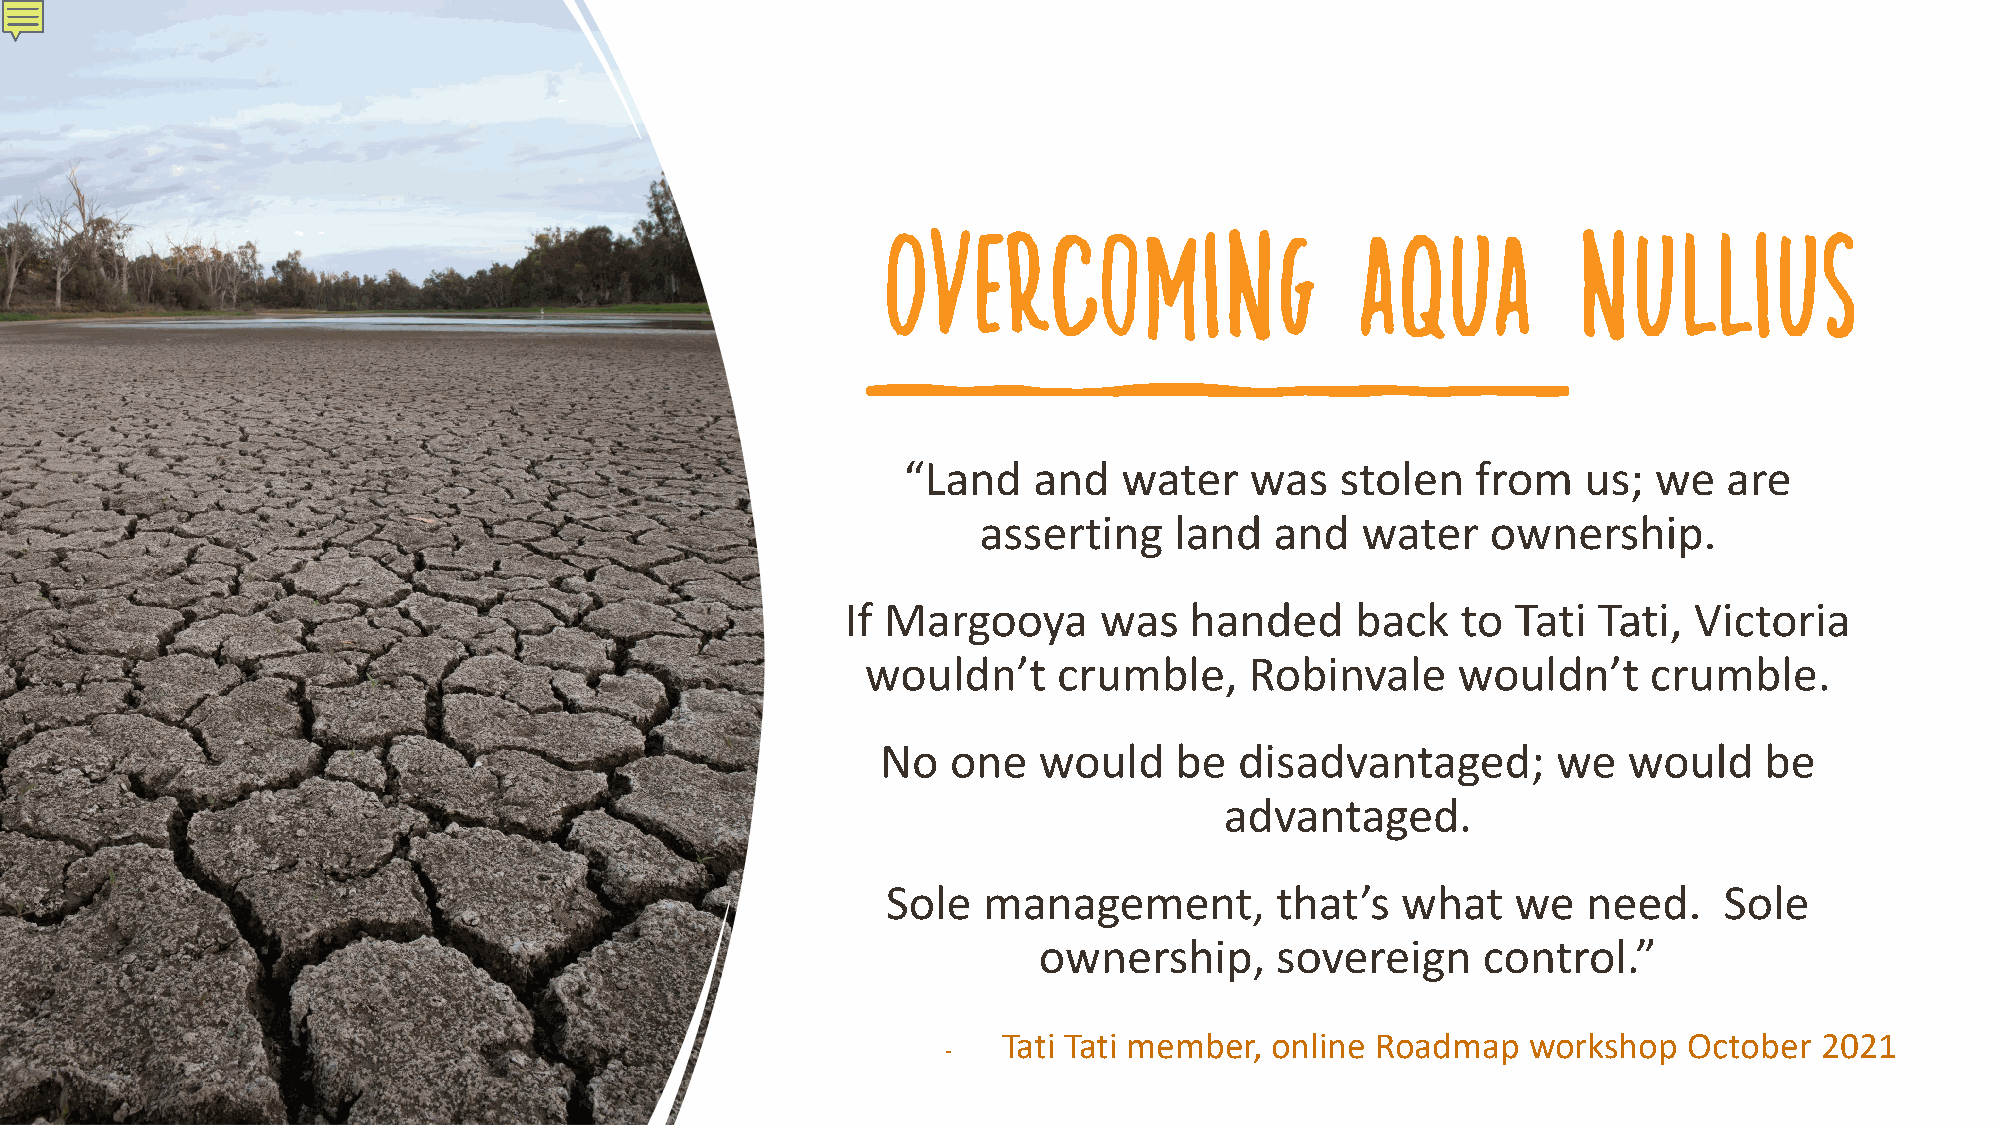
Overcoming                     aqua          nullius
 “Land   and   water    was   stolen   from   us;  we  are
 asserting    land  and   water    ownership.
 If Margooya      was   handed     back   to Tati  Tati, Victoria
 wouldn’t     crumble,     Robinvale    wouldn’t     crumble.
 No   one   would    be  disadvantaged;       we   would    be
 advantaged.
 Sole  management,        that’s   what   we   need.    Sole
 ownership,     sovereign     control.”
 Tati Tati member, online Roadmap   workshop   October 2021
 -